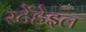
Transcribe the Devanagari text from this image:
स्टेंहेइल